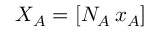
X _ { A } = [ N _ { A } \, x _ { A } ]